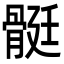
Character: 䯕